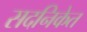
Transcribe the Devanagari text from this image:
सदनिकेत